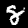
Digit: 8